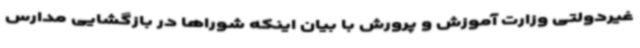
غیردولتی وزارت آموزش و پرورش با بیان اینکه شوراها در بازگشایی مدارس